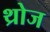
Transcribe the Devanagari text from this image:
थ्रोज